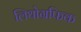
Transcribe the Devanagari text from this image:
लिथोग्रफिक